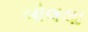
બોલલા